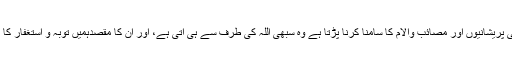
ہمارا ایمان ہے کہ ہمیں جتنی پریشانیوں اور مصائب وآلام کا سامنا کرنا پڑتا ہے وہ سبھی اللہ کی طرف سے ہی آتی ہے، اور ان کا مقصدہمیں توبہ و استغفار کا موقع فراہم کرنا ہی ہوتا ہے۔